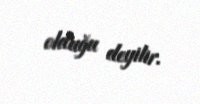
olduğu deyilir.